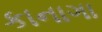
કાનાગા